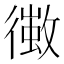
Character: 𢖄